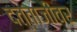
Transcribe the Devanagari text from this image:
दत्ताजीवर